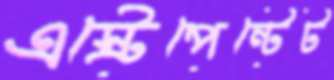
এস্ট্রেপেন্টেট